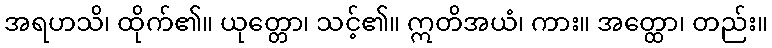
အရဟသိ၊ ထိုက်၏။ ယုတ္တော၊ သင့်၏။ ဣတိအယံ၊ ကား။ အတ္ထော၊ တည်း။